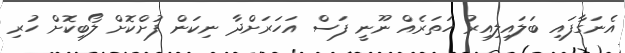
އެނަގާފައި ބަލައިލިއިރު ހަތަރެއް ނޫނީ ފަސް އަހަރަށްދާ ނިކަން ފުށްކޮށް ލޯބިކޮށް ހުރި